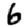
Digit: 6